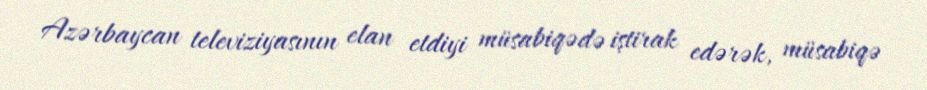
Azərbaycan televiziyasının elan etdiyi müsabiqədə iştirak edərək, müsabiqə